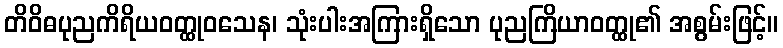
တိဝိဓပုညကိရိယဝတ္ထုဝသေန၊ သုံးပါးအကြားရှိသော ပုညကြိယာဝတ္ထု၏ အစွမ်းဖြင့်။